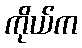
ကိုယ်က